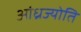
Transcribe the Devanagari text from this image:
आंध्रज्योति